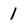
Character: 1